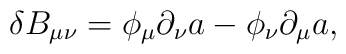
\delta B_{\mu\nu} = \phi_{\mu} \partial_{\nu} a - \phi_{\nu} \partial_{\mu} a,